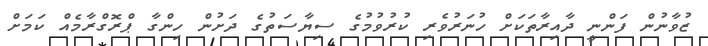
ޒުވާނުން ފަންނީ ދާއިރާތަކަށް ހުނަރުވެރި ކުރުވުމުގެ ސިޔާސަތުގެ ދަށުން ހިންގާ ޕްރޮގްރާމެއް ކަމަށް